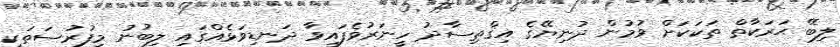
ލިބޭ ޙަރަކާތް ތަކަކަށް ވުމުން ދުނިޔޭގެ އިޤްތިސާދު ހީނަރުވެފައިވާ ދަނޑިވަޅެއްގައި ލިބުނު މިފުރުސަތަކީ